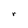
Character: r